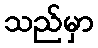
သည်မှာ